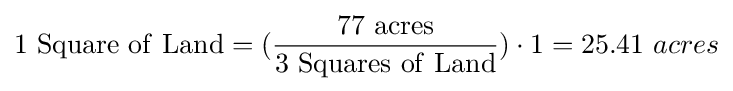
\mathrm {1\ Square\ of\ Land} =({\frac {\mathrm {77\ acres} }{\mathrm {3\ Squares\ of\ Land} }})\cdot 1=25.41\ acres